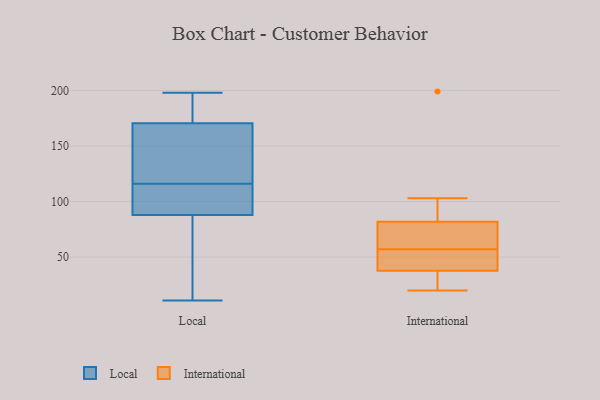
{"axis": {"x": "Tickets Resolved", "y": "Value"}, "legend": ["International", "Local"], "data": [{"x": "", "y": 114, "type": "Local"}, {"x": "", "y": 95, "type": "Local"}, {"x": "", "y": 95, "type": "Local"}, {"x": "", "y": 11, "type": "Local"}, {"x": "", "y": 118, "type": "Local"}, {"x": "", "y": 198, "type": "Local"}, {"x": "", "y": 184, "type": "Local"}, {"x": "", "y": 126, "type": "Local"}, {"x": "", "y": 72, "type": "Local"}, {"x": "", "y": 161, "type": "Local"}, {"x": "", "y": 180, "type": "Local"}, {"x": "", "y": 81, "type": "Local"}, {"x": "", "y": 49, "type": "International"}, {"x": "", "y": 85, "type": "International"}, {"x": "", "y": 26, "type": "International"}, {"x": "", "y": 199, "type": "International"}, {"x": "", "y": 35, "type": "International"}, {"x": "", "y": 103, "type": "International"}, {"x": "", "y": 46, "type": "International"}, {"x": "", "y": 20, "type": "International"}, {"x": "", "y": 57, "type": "International"}, {"x": "", "y": 72, "type": "International"}, {"x": "", "y": 63, "type": "International"}]}